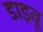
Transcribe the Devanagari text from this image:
डाइवू